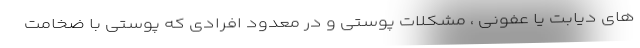
های دیابت یا عفونی ، مشکلات پوستی و در معدود افرادی که پوستی با ضخامت